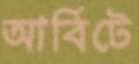
আর্বিটে